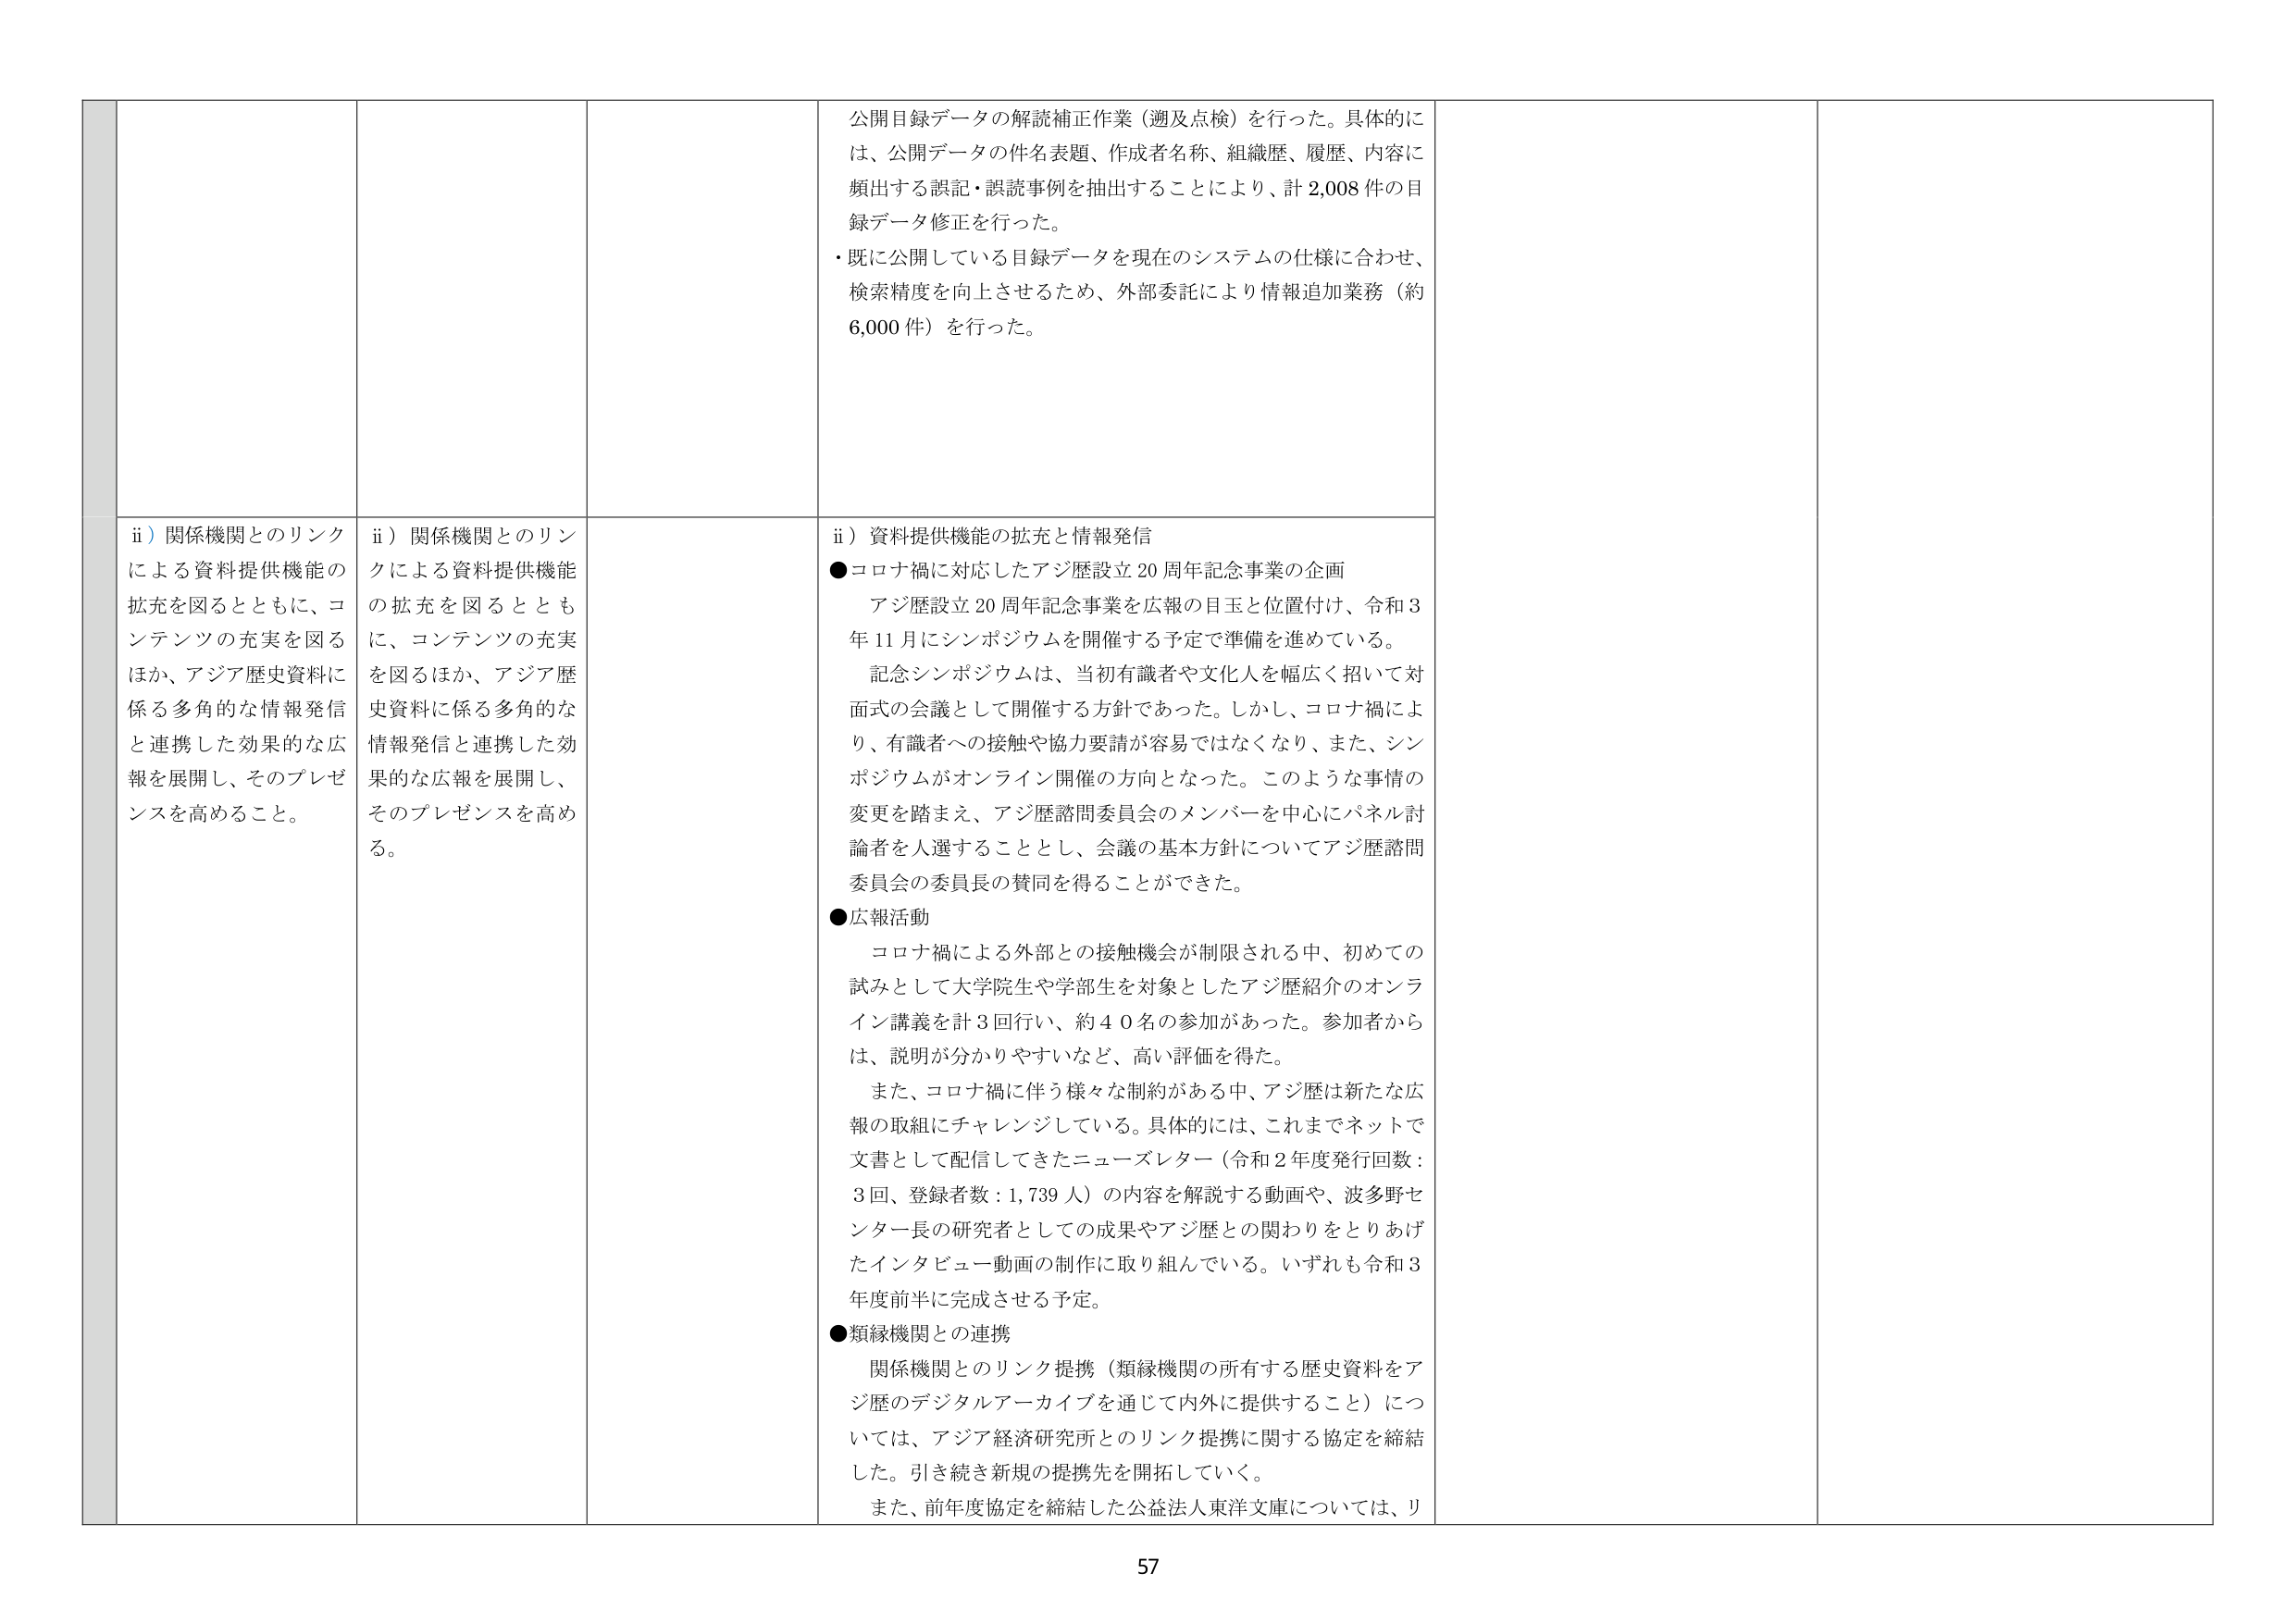
公開目録データの解読補正作業（週及点検）を行った。具体的には、公開データの件名表題、作成者名称、組織歴、履歴、内容に頻出する誤記・誤読事例を抽出することにより、計 2,008 件の目録データ修正を行った。
・既に公開している目録データを現在のシステムの仕様に合わせ、検索精度を向上させるため、外部委託により情報追加業務（約 6,000 件）を行った。

ii）関係機関とのリンクによる資料提供機能の拡充を図るとともに、コンテンツの充実を図るほか、アジア歴史資料に係る多角的な情報発信と連携した効果的な広報を展開し、そのプレゼンスを高めること。
ii）関係機関とのリンクによる資料提供機能の拡充を図るとともに、コンテンツの充実を図るほか、アジア歴史資料に係る多角的な情報発信と連携した効果的な広報を展開し、そのプレゼンスを高める。
ii）資料提供機能の拡充と情報発信
●コロナ禍に対応したアジ歴設立 20 周年記念事業の企画
　アジ歴設立 20 周年記念事業を広報の目玉と位置付け、令和 3 年 11 月にシンポジウムを開催する予定で準備を進めている。
　記念シンポジウムは、当初有識者や文化人を幅広く招いて対面式の会議として開催する方針であった。しかし、コロナ禍により、有識者への接触や協力要請が容易ではなくなり、また、シンポジウムがオンライン開催の方向となった。このような事情の変更を踏まえ、アジ歴諮問委員会のメンバーを中心にパネル討論者を人選することとし、会議の基本方針についてアジ歴諮問委員会の委員長の賛同を得ることができた。
●広報活動
　コロナ禍による外部との接触機会が制限される中、初めての試みとして大学院生や学部生を対象としたアジ歴紹介のオンライン講義を計 3 回行い、約 40 名の参加があった。参加者からは、説明が分かりやすいなど、高い評価を得た。
　また、コロナ禍に伴う様々な制約がある中、アジ歴は新たな広報の取組にチャレンジしている。具体的には、これまでネットで文書として配信してきたニューズレター（令和 2 年度発行回数：3 回、登録者数：1,739 人）の内容を解説する動画や、波多野センター長の研究者としての成果やアジ歴との関わりをとりあげたインタビュー動画の制作に取り組んでいる。いずれも令和 3 年度前半に完成させる予定。
●類縁機関との連携
　関係機関とのリンク提携（類縁機関の所有する歴史資料をアジ歴のデジタルアーカイブを通じて内外に提供すること）については、アジア経済研究所とのリンク提携に関する協定を締結した。引き続き新規の提携先を開拓していく。
　また、前年度協定を締結した公益法人東洋文庫については、リ

57